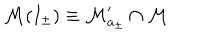
\mathcal { M } ( I _ { \pm } ) \equiv \mathcal { M } _ { a _ { \pm } } ^ { \prime } \cap \mathcal { M }